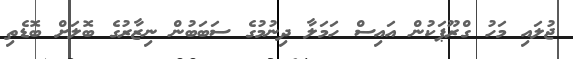
ޖުލައި މަހު ގްރޫޕަކުން އައިސް ހަމަލާ ދިނުމުގެ ސަބަބުން ނިޒާރުގެ ބޮލަށް ބޮޑެތި